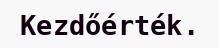
Kezdőérték.